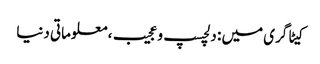
کیٹاگری میں : دلچسپ و عجیب، معلوماتی دنیا